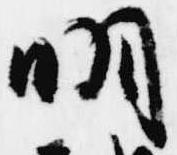
明